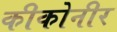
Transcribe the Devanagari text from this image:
कीकोनीर